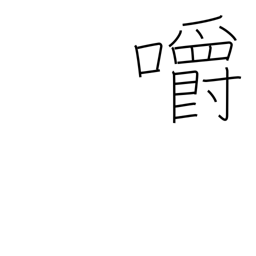
Meaning: bite